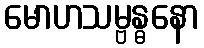
မောဟသမ္ဗန္ဓနော